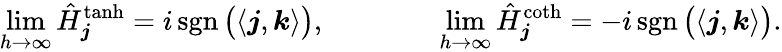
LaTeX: \operatorname*{lim}_{h\to\infty}\hat{H}_{\boldsymbol j}^{\operatorname{tanh}}=i\operatorname{sgn}\big(\langle\boldsymbol j,\boldsymbol k\rangle\big),\qquad\qquad\operatorname*{lim}_{h\to\infty}\hat{H}_{\boldsymbol j}^{\coth}=-i\operatorname{sgn}\big(\langle\boldsymbol j,\boldsymbol k\rangle\big).